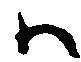
ハ